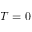
T = 0